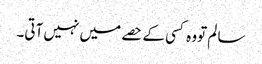
سا لم تووہ کسی کے حصے میں نہیں آتی۔